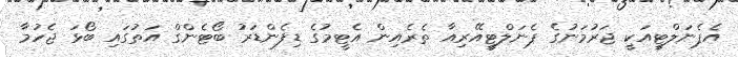
އެޕެނަލްޓީއަކީ ޖަރުމަނުގެ ޕެނަލްޓީއޭރިއާ ތެރެއިން އެޓީމުގެ ޑިފެންޑަރު ބޯޓެންގް އަތުގައި ބޯޅަ ޖެހުމާ